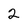
Character: 2